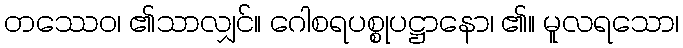
တဿေဝ၊ ၏သာလျှင်။ ဂေါစရပစ္စုပဋ္ဌာနော၊ ၏။ မူလရသော၊